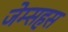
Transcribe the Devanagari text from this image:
जेम्सहस